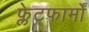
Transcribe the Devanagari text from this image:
फ्लेटफार्मों